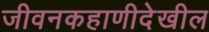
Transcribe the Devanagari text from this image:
जीवनकहाणीदेखील